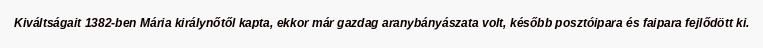
Kiváltságait 1382-ben Mária királynőtől kapta, ekkor már gazdag aranybányászata volt, később posztóipara és faipara fejlődött ki.